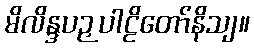
မိလိန္ဒပဉှပါဠိတော်နိသျ။